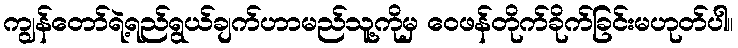
ကျွန်တော်ရဲ့ရည်ရွယ်ချက်ဟာမည်သူ့ကိုမှ ဝေဖန်တိုက်ခိုက်ခြင်းမဟုတ်ပါ။